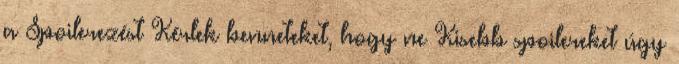
a Spoilerezést Kérlek benneteket, hogy ne Kisebb spoilereket úgy